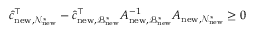
\hat { c } _ { \mathrm { n e w } , \mathcal { N } _ { \mathrm { n e w } } ^ { * } } ^ { \top } - \hat { c } _ { \mathrm { n e w } , \mathcal { B } _ { \mathrm { n e w } } ^ { * } } ^ { \top } A _ { \mathrm { n e w } , \mathcal { B } _ { \mathrm { n e w } } ^ { * } } ^ { - 1 } A _ { \mathrm { n e w } , \mathcal { N } _ { \mathrm { n e w } } ^ { * } } \ge 0